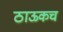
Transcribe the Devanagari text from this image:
ठाऊकच